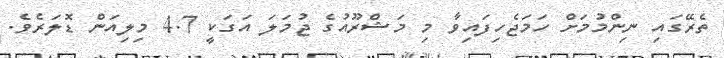
ތެރޭގައި ނިންމުމަށް ހަމަޖެހިފައިވާ މި މަޝްރޫއުގެ ޖުމަލަ އަގަކީ 4.7 މިލިއަން ޑޮލަރެވެ.